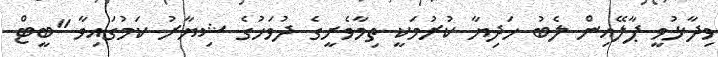
ވިދާޅުވީ ޕާލޭއިން ލެބު ހަދިޔާ ކުރުމަކީ ތިމާވެށީގެ ދުވަހުގެ ޝިޔާރު ކަމުގައިވާ "ބީޓް